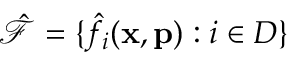
\hat { \mathcal { F } } = \{ \hat { f } _ { i } ( \mathbf { x } , \mathbf { p } ) : i \in D \}